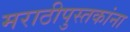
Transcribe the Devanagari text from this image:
मराठीपुस्तकांना